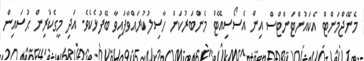
މެނޭޖްމަންޓް އެކައުންޓަންޓްސް އިން އެސޯސިއޭޓް މެންބަރުކަން ހާސިލުކުރައްވާފައިވާ ބޭފުޅެކެވެ. އަދި މީގެކުރިން ޙުސައިން